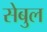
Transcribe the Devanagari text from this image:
सेबुल